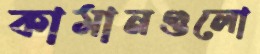
কামানগুলো